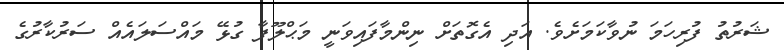
ޝަރުތު ފުރިހަމަ ނުވާކަމަށެވެ. އަދި އެގޮތަށް ނިންމާފައިވަނީ މަޙްލޫފާ ގުޅޭ މައްސަލައެއް ސަރުކާރުގެ